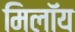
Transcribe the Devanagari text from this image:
मिलॉय